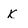
Character: k